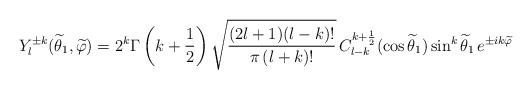
LaTeX: \begin{align*}Y_l^{\pm k}(\widetilde\theta_1,\widetilde\varphi)=2^k\Gamma\left(k+\frac{1}{2}\right)\sqrt{\frac{(2l+1)(l-k)!}{\pi\,(l+k)!}}\, C_{l-k}^{k+\frac{1}{2}}(\cos\widetilde\theta_1)\sin^k\widetilde\theta_1\,e^{\pm ik\widetilde\varphi}\end{align*}